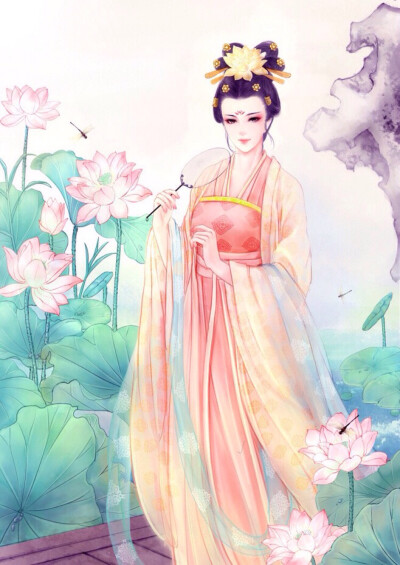
伤心枕上三更雨，点滴霖霪。